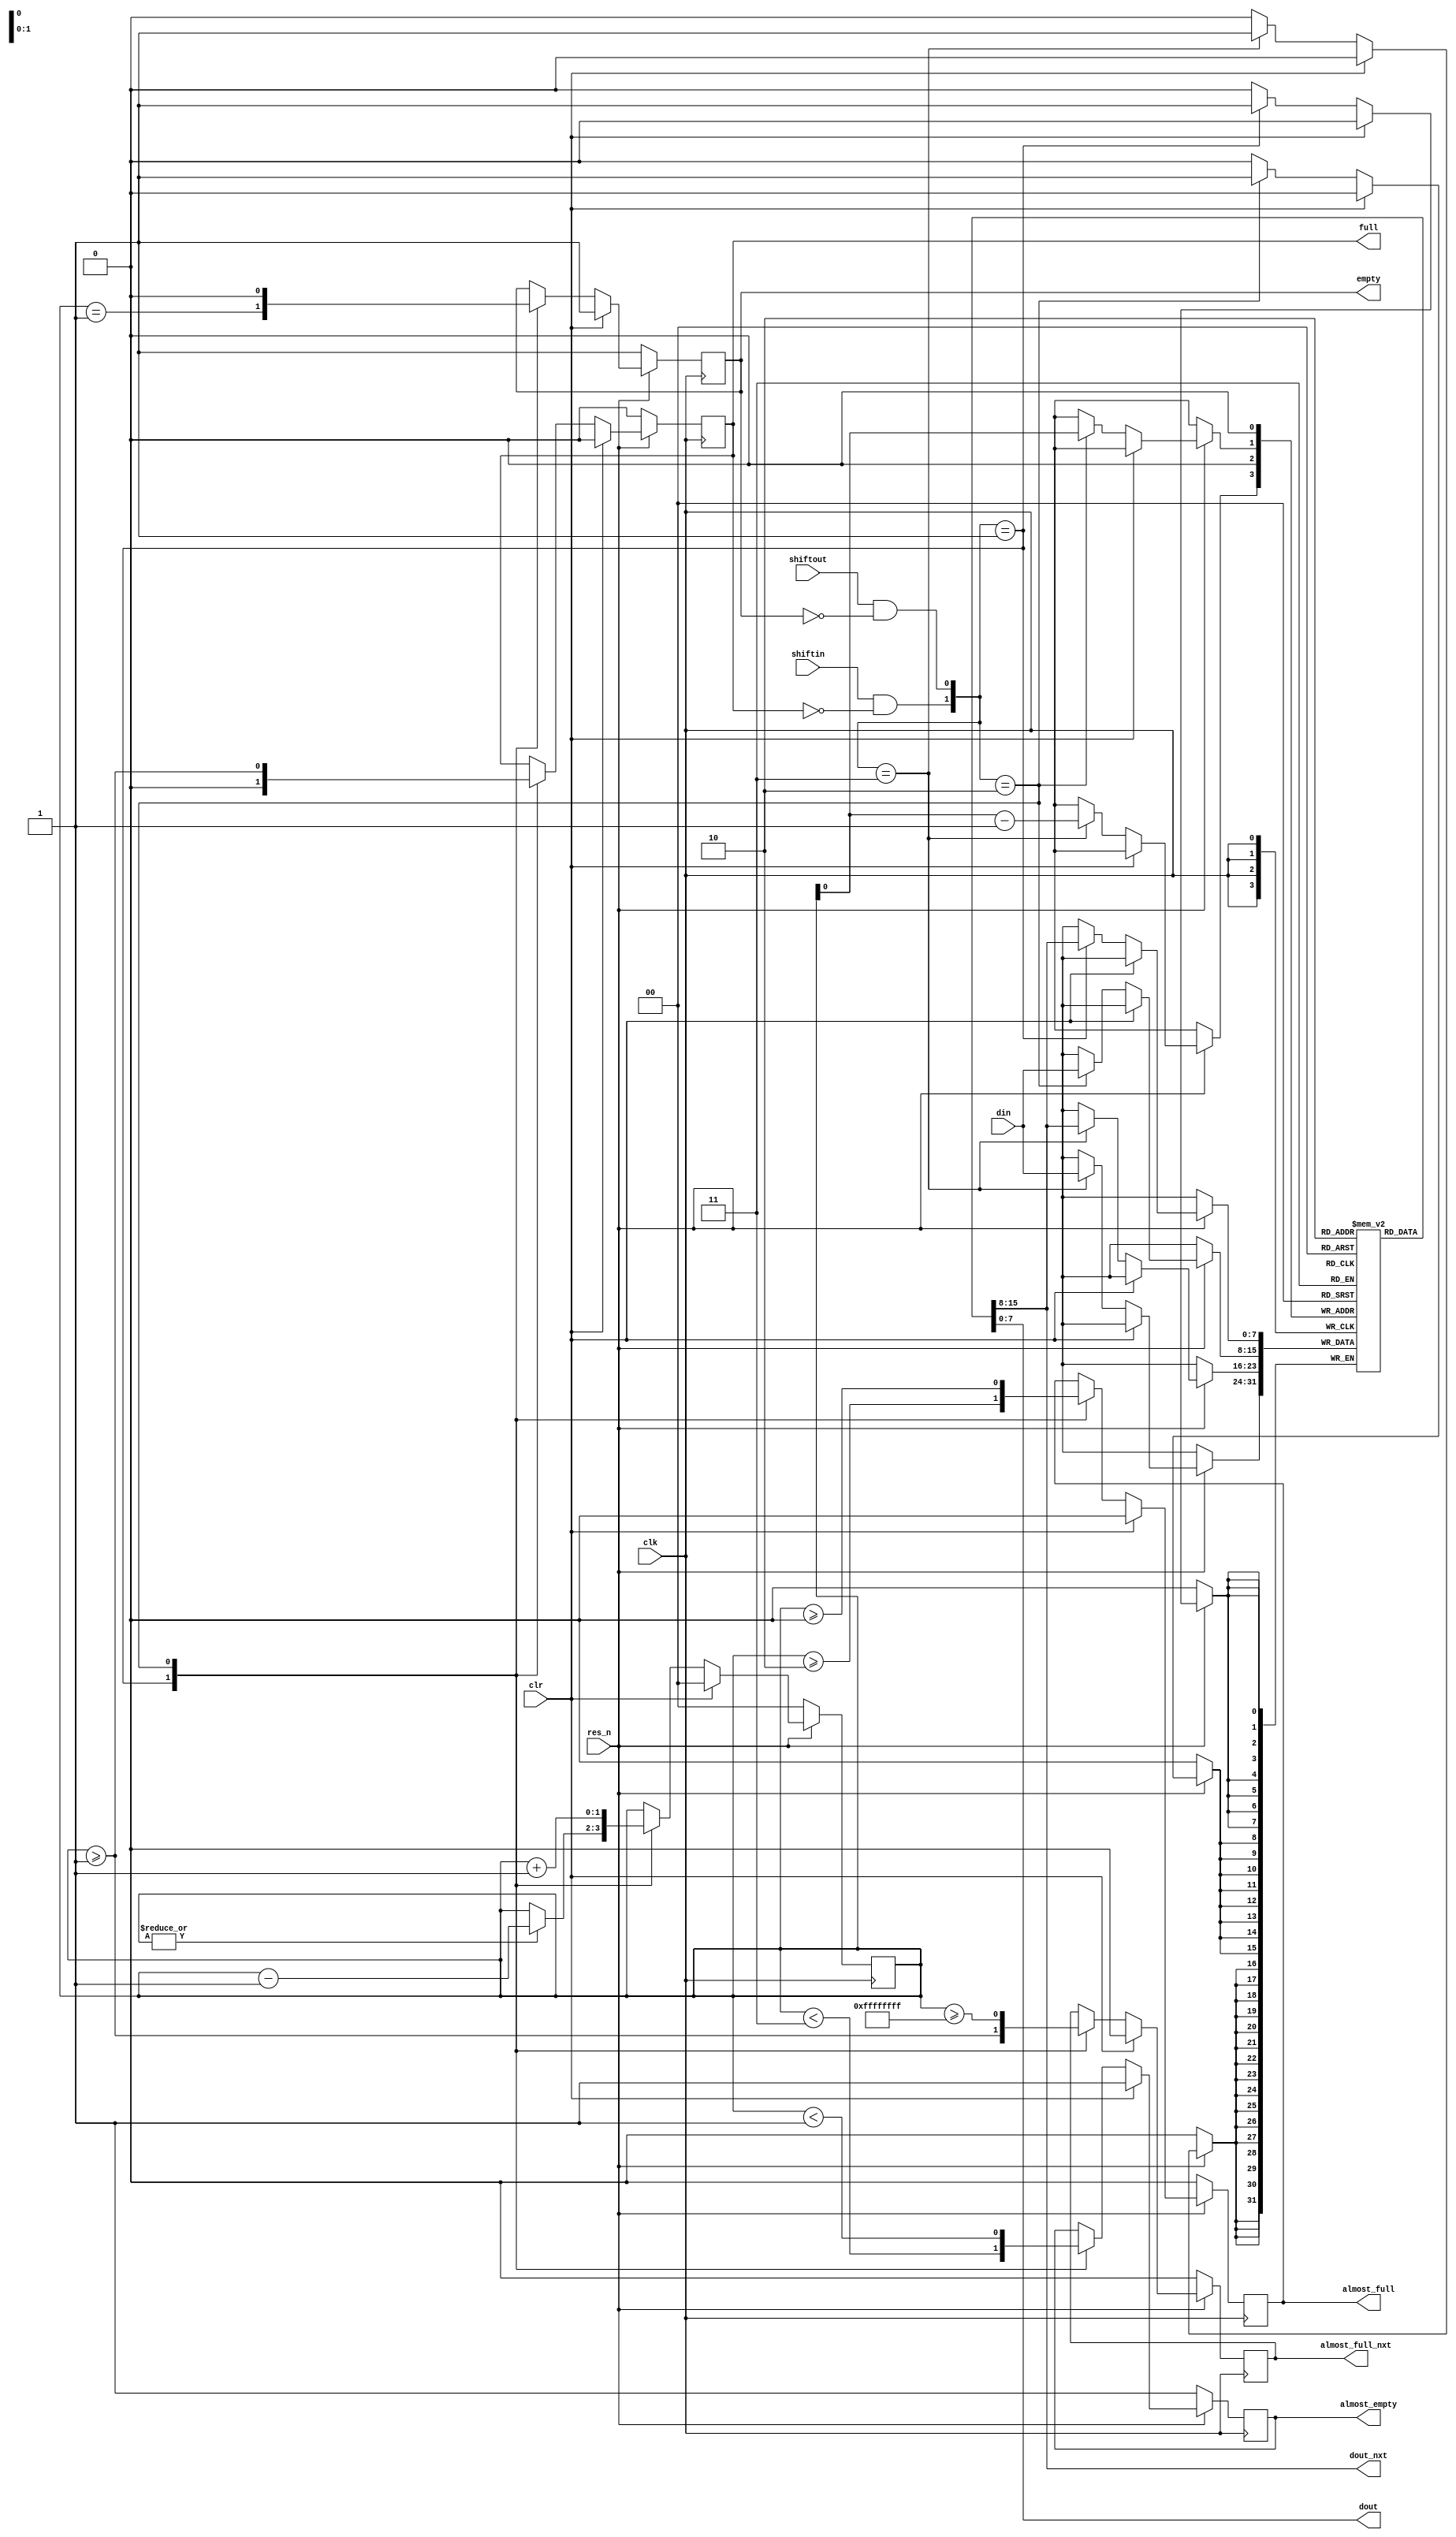
/*
 * Copyright (c) 2017 
 * All rights reserved.
 * 
 * - Computer Architecture Group, University of Heidelberg
 * 		Markus Mueller <markus.mueller@ziti.uni-heidelberg.de>
 * - EXTOLL GmbH
 * 		Mondrian Nueslle <mondrian.nuessle@extoll.de>
 * 
 * This file is confidential and may not be distributed.
 * 
 * Usage granted for the assignments of the "Design Digitaler Schlatkreise" Lecture,
 * ADL Group, University of Karlsruhe (KIT)
 * 
 * For other usages, please contact the Copyright holders for permission.
 *
 * 
 *
 * University of Heidelberg
 * Computer Architecture Group
 * B6 26
 * 68131 Mannheim
 * Germany
 * http://www.ra.ziti.uni-heidelberg.de
 *
 */ 
`default_nettype none


module fifo_reg #(
`ifdef CAG_ASSERTIONS
		parameter DISABLE_EMPTY_ASSERT		= 0,
		parameter DISABLE_FULL_ASSERT		= 0,
		parameter DISABLE_SHIFT_OUT_ASSERT	= 0,
		parameter DISABLE_XCHECK_ASSERT		= 0,
`endif
		parameter ALMOST_FULL_VAL			= 1,
		parameter ALMOST_EMTPY_VAL			= 1,
		parameter DSIZE						= 8,
		parameter ENTRIES					= 2
	) (
		input wire				clk,
		input wire				res_n,
		input  wire				clr,
		input wire				shiftin,
		input wire				shiftout,
		input wire [DSIZE-1:0]	din,

		output wire [DSIZE-1:0]	dout,
		output wire [DSIZE-1:0]	dout_nxt,
		output reg				full,
		output reg				empty,
		output reg				almost_full,
		output reg				almost_full_nxt,
		output reg				almost_empty
	);

	//the fifo_reg can currently only have up to 2047 entries
	localparam LG_ENTRIES =  (ENTRIES <= 2) ? 1 :
				(ENTRIES <= 4)    ?  2 :
				(ENTRIES <= 8)    ?  3 :
				(ENTRIES <= 16)   ?  4 :
				(ENTRIES <= 32)   ?  5 :
				(ENTRIES <= 64)   ?  6 :
				(ENTRIES <= 128)  ?  7 :
				(ENTRIES <= 256)  ?  8 :
				(ENTRIES <= 512)  ?  9 :
				(ENTRIES <= 1024) ? 10 : 11;

	reg [DSIZE-1:0]		entry [0:ENTRIES-1];
	reg [LG_ENTRIES:0]	wp;

	integer				i;

	wire				shiftout_clean, shiftin_clean;

	// first stage of fifo is output
	assign dout				= entry[0];
	assign dout_nxt			= entry[1];

	assign shiftout_clean	= shiftout && !empty;
	assign shiftin_clean	= shiftin  && !full;

	`ifdef ASYNC_RES
	always @(posedge clk or negedge res_n) `else
	always @(posedge clk) `endif
	begin
		if (!res_n)
		begin
			wp										<= {LG_ENTRIES+1 {1'b0}};
			full									<= 1'b0;
			empty									<= 1'b1;
			almost_empty							<= 1'b1;
			almost_full								<= 1'b0;
			almost_full_nxt							<= 1'b0;
`ifdef ASIC
			for (i=0; i<ENTRIES; i=i+1)
				entry[i]							<= {DSIZE {1'b0}};
`endif
		end
		else if (clr)
		begin
			wp										<= {LG_ENTRIES+1 {1'b0}};
			full									<= 1'b0;
			empty									<= 1'b1;
			almost_empty							<= 1'b1;
			almost_full								<= 1'b0;
			almost_full_nxt							<= 1'b0;
//`ifdef ASIC
//			for (i=0; i<ENTRIES; i=i+1)
//				entry[i]							<= {DSIZE {1'b0}};
//`endif
		end
		else
		begin
			case ({shiftin_clean, shiftout_clean})
				2'b01: // only shift-out, move entries, decrement WP if not already 0 and check status signals
				begin
					for (i=1; i<ENTRIES; i=i+1)
						entry[i-1]					<= entry[i];

					if (|wp)
						wp							<= wp - 1'b1;

					empty							<= (wp == {{LG_ENTRIES {1'b0}}, 1'b1});
					full							<= 1'b0;
					almost_full						<= (wp >= ENTRIES+1-ALMOST_FULL_VAL);
					almost_full_nxt					<= (wp >= ENTRIES+1-ALMOST_FULL_VAL-1);
					almost_empty					<= (wp < ALMOST_EMTPY_VAL + 2);
				end

				2'b10: // only shift-in, write at next free entry, increment WP and check status signals
				begin
					entry[wp[LG_ENTRIES-1:0]]		<= din;
					wp								<= wp + 1'b1;
					empty							<= 1'b0;
					full							<= (wp >= ENTRIES - 1);
					almost_full						<= (wp >= ENTRIES-1-ALMOST_FULL_VAL);
					almost_full_nxt					<= (wp >= ENTRIES-1-ALMOST_FULL_VAL-1);
					almost_empty					<= (wp < ALMOST_EMTPY_VAL);
				end

				2'b11: //simultaneous shift-in and -out, move entries through shift registers
				begin
					for (i=1; i<ENTRIES; i=i+1)
						entry[i-1]					<= entry[i];

					entry[wp[LG_ENTRIES-1:0]-1'b1]	<= din;
				end

//				default: ;
			endcase
		end
	end

`ifdef CAG_COVERAGE
	full_cov:				cover property (@(posedge clk) disable iff(!res_n || clr) (full == 1'b1));
	almost_full_cov:		cover property (@(posedge clk) disable iff(!res_n || clr) (almost_full == 1'b1));
	almost_full_nxt_cov:	cover property (@(posedge clk) disable iff(!res_n || clr) (almost_full_nxt == 1'b1));
	empty_cov:				cover property (@(posedge clk) disable iff(!res_n || clr) (empty == 1'b1));
	almost_empty_cov:		cover property (@(posedge clk) disable iff(!res_n || clr) (almost_empty == 1'b1));

	covergroup shift_in_and_out @(posedge clk);
		shift_in_and_out_cp: coverpoint ({shiftin, shiftout}) iff (shiftin || shiftout)
		{
			bins count[] = {[1:3]};
		}
	endgroup
	shift_in_and_out shift_in_and_out_I;
	initial begin
		shift_in_and_out_I = new();
		shift_in_and_out_I.set_inst_name("shift_in_and_out_I");
	end
`endif // CAG_COVERAGE

`ifdef CAG_ASSERTIONS

	// when the FIFO signals empty, it must logically also be almost empty
	empty_means_aempty : assert property (@(posedge clk) disable iff(!res_n || clr) empty |-> almost_empty);

	wp_eq_0_means_empty_A : assert property (@(posedge clk) disable iff(!res_n || clr) (wp==0) |-> empty);
	wp_eq_0_means_empty_B : assert property (@(posedge clk) disable iff(!res_n || clr) empty |-> (wp==0));

	aempty_condition_A : assert property (@(posedge clk) disable iff(!res_n || clr) (wp>ALMOST_EMTPY_VAL) |-> !almost_empty);
	aempty_condition_B : assert property (@(posedge clk) disable iff(!res_n || clr) !almost_empty |-> (wp>ALMOST_EMTPY_VAL));

	shift_in_and_full:			assert property (@(posedge clk) disable iff(!res_n || clr) (shiftin |-> !full));

	if (DISABLE_SHIFT_OUT_ASSERT == 0)
		shift_out_and_empty:	assert property (@(posedge clk) disable iff(!res_n || clr) (shiftout |-> !empty));

      if (DISABLE_XCHECK_ASSERT == 0)
	dout_known:					assert property (@(posedge clk) disable iff(!res_n || clr) (!empty |-> !$isunknown(dout)));
      if (DISABLE_XCHECK_ASSERT == 0)
	dout_nxt_known:				assert property (@(posedge clk) disable iff(!res_n || clr) (!almost_empty |-> !$isunknown(dout_nxt)));

	property dout_dout_nxt_behaviour;
		logic [DSIZE-1:0]	prev_value;

		@(posedge clk) disable iff(!res_n || clr)
			(shiftout && (wp>1), prev_value = dout_nxt) |=> (dout === prev_value);
	endproperty
	assert_dout_dout_nxt_behaviour:			assert property(dout_dout_nxt_behaviour);

	property dout_dout_nxt_behaviour_wp1;
		logic [DSIZE-1:0]	prev_value;

		@(posedge clk) disable iff(!res_n || clr)
			(shiftout && (wp==1) && shiftin, prev_value = din) |=> (dout === prev_value);
	endproperty
	assert_dout_dout_nxt_behaviour_wp1:			assert property(dout_dout_nxt_behaviour_wp1);


	final
	begin
		if (DISABLE_FULL_ASSERT == 0)
		begin
			assert_full_set:				assert (!full);
			assert_almost_full_set:			assert (!almost_full);
			assert_almost_full_nxt_set:		assert (!almost_full_nxt);
		end

		if (DISABLE_EMPTY_ASSERT == 0)
		begin
			assert_write_pointer_not_zero:	assert (wp == 0);
			assert_almost_empty_not_set:	assert (almost_empty);
			assert_empty_not_set:			assert (empty);
		end
	end
`endif // CAG_ASSERTIONS

endmodule

`default_nettype wire